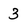
Character: 3